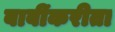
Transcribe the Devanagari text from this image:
बाबींकरीता